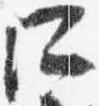
所